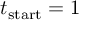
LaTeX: t _ { \mathrm { s t a r t } } = 1